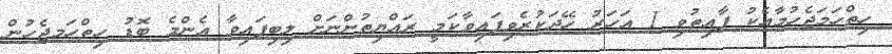
ހިތްހަމަޖެހުމާއެކު ފާއިތުވި 1 އަހަރު ހޭދަކުރެވިފައިވާކަމީ ރައްޔިތުންނަށް ލިބިފައިވާ އެންމެ ބޮޑު ހިތްހަމޖެހުން